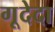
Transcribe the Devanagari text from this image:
गूदेदा